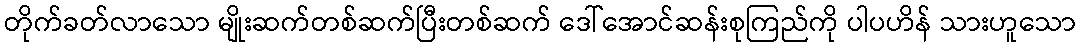
တိုက်ခတ်လာသော မျိုးဆက်တစ်ဆက်ပြီးတစ်ဆက် ဒေါ်အောင်ဆန်းစုကြည်ကို ပါပဟိန် သားဟူသော